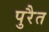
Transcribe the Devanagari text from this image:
पुरैत